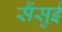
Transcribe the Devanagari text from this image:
सैंसुई